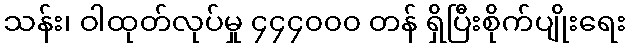
သန်း၊ ဝါထုတ်လုပ်မှု ၄၄၄၀၀၀ တန် ရှိပြီးစိုက်ပျိုးရေး